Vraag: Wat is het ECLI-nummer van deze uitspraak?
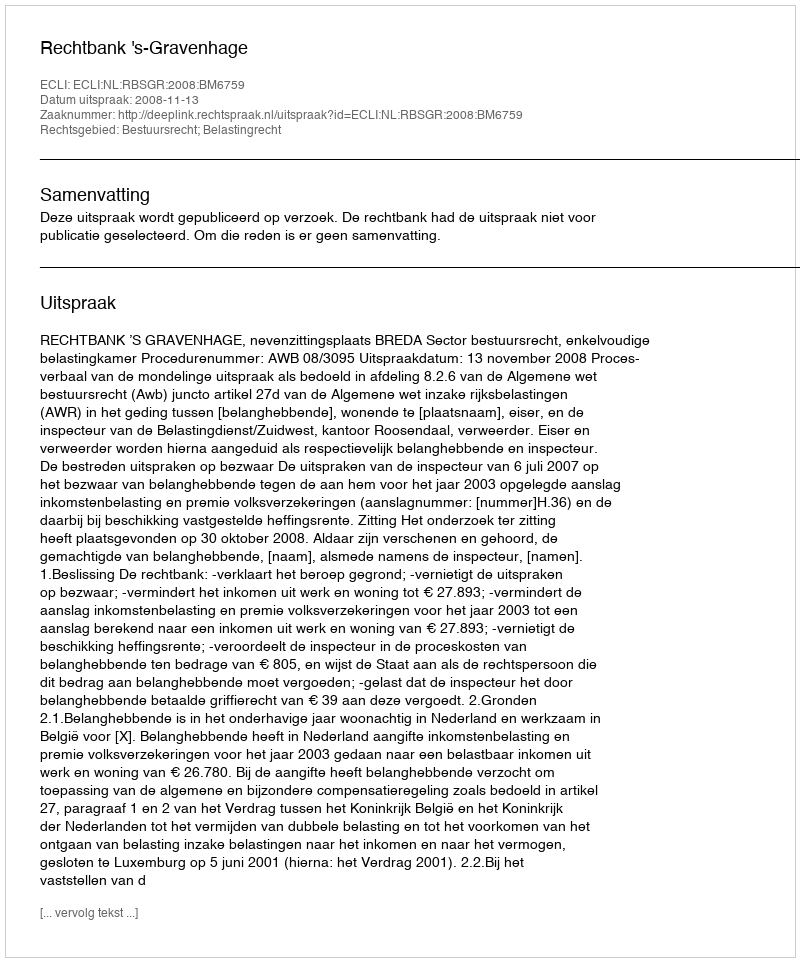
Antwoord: ECLI:NL:RBSGR:2008:BM6759